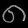
Digit: ၈